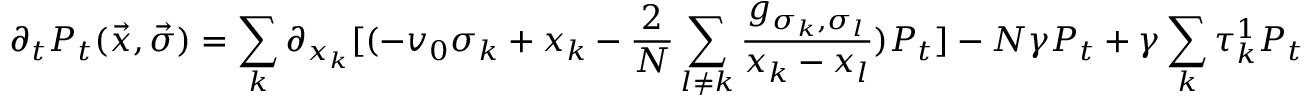
\partial _ { t } { \cal P } _ { t } ( \vec { x } , \vec { \sigma } ) = \sum _ { k } \partial _ { x _ { k } } [ ( - v _ { 0 } \sigma _ { k } + x _ { k } - \frac { 2 } { N } \sum _ { l \neq k } \frac { g _ { \sigma _ { k } , \sigma _ { l } } } { x _ { k } - x _ { l } } ) { \cal P } _ { t } ] - N \gamma { \cal P } _ { t } + \gamma \sum _ { k } \tau _ { k } ^ { 1 } { \cal P } _ { t }